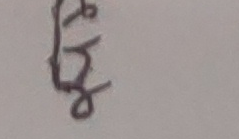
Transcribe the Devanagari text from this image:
छ